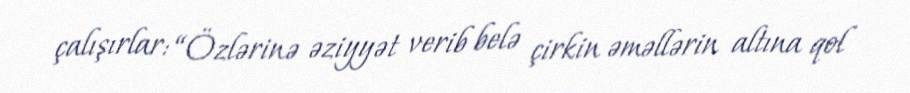
çalışırlar: “Özlərinə əziyyət verib belə çirkin əməllərin altına qol